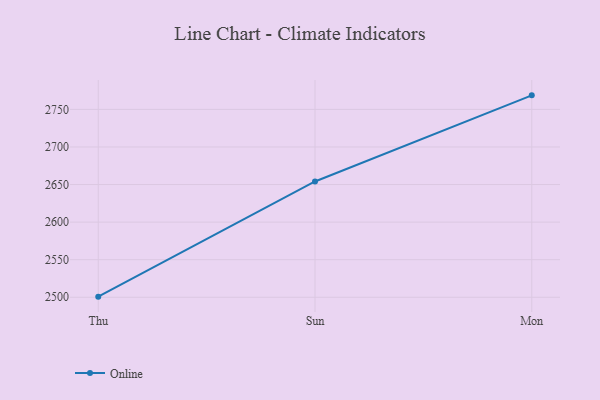
{"axis": {"x": "Day", "y": "Net Income (USD K)"}, "legend": ["Online"], "data": [{"x": "Thu", "y": 2500.8, "type": "Online"}, {"x": "Sun", "y": 2654.1, "type": "Online"}, {"x": "Mon", "y": 2768.7, "type": "Online"}]}